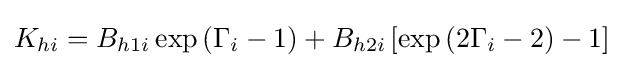
K_{hi}=B_{h1i}\exp \left(\Gamma _{i}-1\right)+B_{h2i}\left[\exp \left(2\Gamma _{i}-2\right)-1\right]